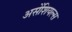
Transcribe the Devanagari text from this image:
असेंशियल्स